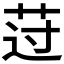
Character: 𰰾